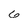
Character: 6